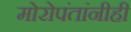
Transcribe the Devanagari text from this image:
मोरोपंतांनीही